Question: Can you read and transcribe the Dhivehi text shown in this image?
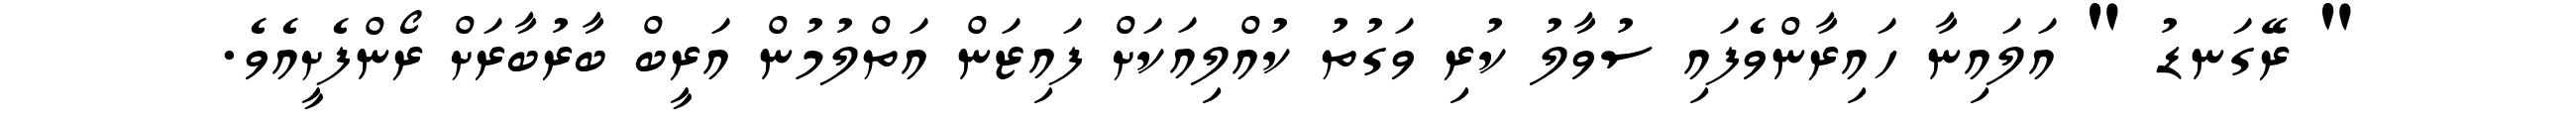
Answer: " ރޭގަނޑު " އަލައިނާ ހައިރާންވެފައި ސުވާލު ކުރި ވަގުތު ކުއްލިއަކަށް ފައިޒަން އަތްލުމުން އަރީބް ބާރުބާރަށް ރޯންފެށީއެވެ.